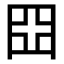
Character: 𡆵